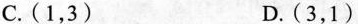
C.(1，3) D.(3，1)